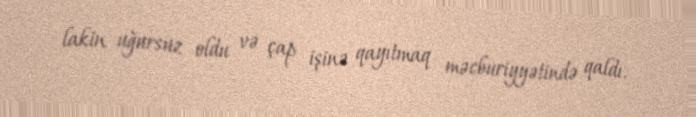
lakin uğursuz oldu və çap işinə qayıtmaq məcburiyyətində qaldı.